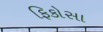
ફિકોસા